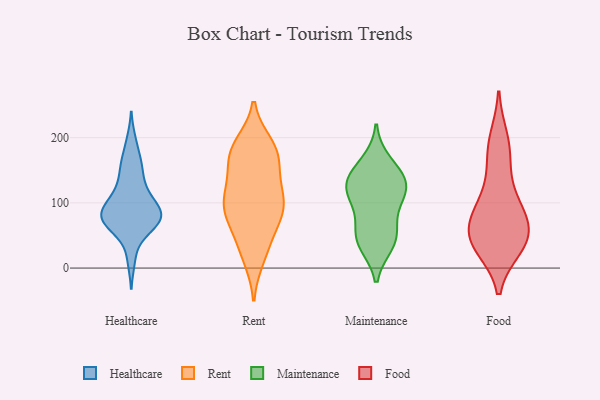
{"axis": {"x": "Temperature (°C)", "y": "Value"}, "legend": ["Food", "Healthcare", "Maintenance", "Rent"], "data": [{"x": "", "y": 71, "type": "Healthcare"}, {"x": "", "y": 196, "type": "Healthcare"}, {"x": "", "y": 76, "type": "Healthcare"}, {"x": "", "y": 64, "type": "Healthcare"}, {"x": "", "y": 81, "type": "Healthcare"}, {"x": "", "y": 167, "type": "Healthcare"}, {"x": "", "y": 91, "type": "Healthcare"}, {"x": "", "y": 84, "type": "Healthcare"}, {"x": "", "y": 157, "type": "Healthcare"}, {"x": "", "y": 66, "type": "Healthcare"}, {"x": "", "y": 148, "type": "Healthcare"}, {"x": "", "y": 113, "type": "Healthcare"}, {"x": "", "y": 115, "type": "Healthcare"}, {"x": "", "y": 125, "type": "Healthcare"}, {"x": "", "y": 51, "type": "Healthcare"}, {"x": "", "y": 94, "type": "Healthcare"}, {"x": "", "y": 12, "type": "Healthcare"}, {"x": "", "y": 85, "type": "Healthcare"}, {"x": "", "y": 80, "type": "Healthcare"}, {"x": "", "y": 43, "type": "Rent"}, {"x": "", "y": 101, "type": "Rent"}, {"x": "", "y": 171, "type": "Rent"}, {"x": "", "y": 189, "type": "Rent"}, {"x": "", "y": 99, "type": "Rent"}, {"x": "", "y": 16, "type": "Rent"}, {"x": "", "y": 186, "type": "Rent"}, {"x": "", "y": 168, "type": "Rent"}, {"x": "", "y": 85, "type": "Rent"}, {"x": "", "y": 126, "type": "Rent"}, {"x": "", "y": 70, "type": "Rent"}, {"x": "", "y": 109, "type": "Rent"}, {"x": "", "y": 166, "type": "Rent"}, {"x": "", "y": 180, "type": "Rent"}, {"x": "", "y": 80, "type": "Rent"}, {"x": "", "y": 25, "type": "Rent"}, {"x": "", "y": 91, "type": "Rent"}, {"x": "", "y": 128, "type": "Rent"}, {"x": "", "y": 138, "type": "Maintenance"}, {"x": "", "y": 162, "type": "Maintenance"}, {"x": "", "y": 114, "type": "Maintenance"}, {"x": "", "y": 105, "type": "Maintenance"}, {"x": "", "y": 48, "type": "Maintenance"}, {"x": "", "y": 41, "type": "Maintenance"}, {"x": "", "y": 138, "type": "Maintenance"}, {"x": "", "y": 114, "type": "Maintenance"}, {"x": "", "y": 37, "type": "Maintenance"}, {"x": "", "y": 133, "type": "Maintenance"}, {"x": "", "y": 65, "type": "Maintenance"}, {"x": "", "y": 33, "type": "Food"}, {"x": "", "y": 45, "type": "Food"}, {"x": "", "y": 79, "type": "Food"}, {"x": "", "y": 184, "type": "Food"}, {"x": "", "y": 92, "type": "Food"}, {"x": "", "y": 44, "type": "Food"}, {"x": "", "y": 111, "type": "Food"}, {"x": "", "y": 51, "type": "Food"}, {"x": "", "y": 33, "type": "Food"}, {"x": "", "y": 84, "type": "Food"}, {"x": "", "y": 51, "type": "Food"}, {"x": "", "y": 198, "type": "Food"}, {"x": "", "y": 158, "type": "Food"}]}